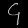
Digit: ၄